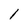
Character: 1